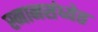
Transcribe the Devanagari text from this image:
स्नानसंध्येत